Calcutta medical institutions reports 1879-81 [i.e.91]
Year: 1879
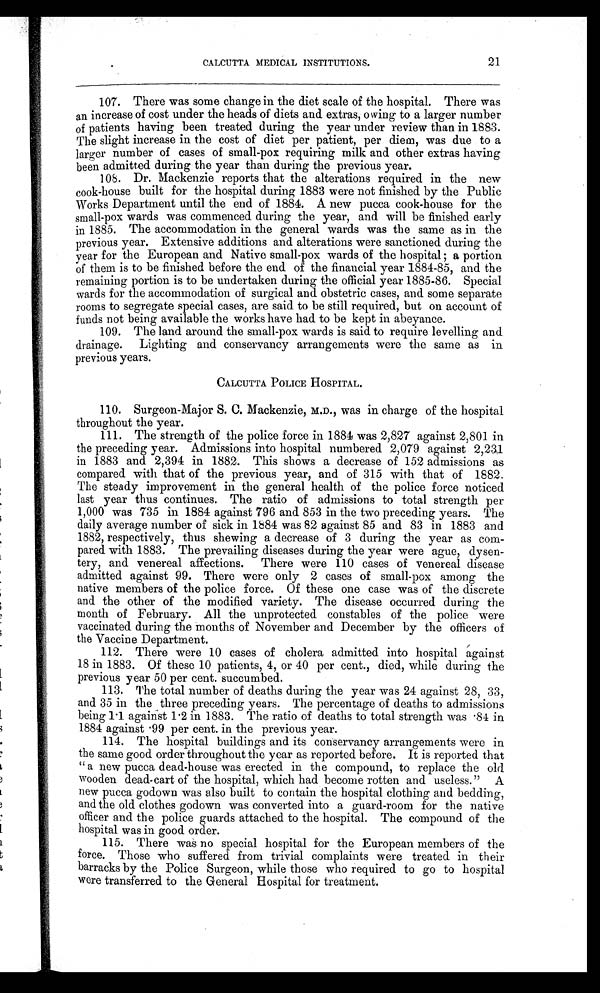
CALCUTTA MEDICAL INSTITUTIONS.
21
107. There was some change in the diet scale of the hospital. There was
an increase of cost under the heads of diets and extras, owing to a larger number
of patients having been treated during the year under review than in 1883.
The slight increase in the cost of diet per patient, per diem, was due to a
larger number of cases of small-pox requiring milk and other extras having
been admitted during the year than during the previous year.
108. Dr. Mackenzie reports that the alterations required in the new
cook-house built for the hospital during 1883 were not finished by the Public
Works Department until the end of 1884. A new pucca cook-house for the
small-pox wards was commenced during the year, and will be finished early
in 1885. The accommodation in the general wards was the same as in the
previous year. Extensive additions and alterations were sanctioned during the
year for the European and Native small-pox wards of the hospital; a portion
of them is to be finished before the end of the financial year 1884-85, and the
remaining portion is to be undertaken during the official year 1885-86. Special
wards for the accommodation of surgical and obstetric cases, and some separate
rooms to segregate special cases, are said to be still required, but on account of
funds not being available the works have had to be kept in abeyance.
109. The land around the small-pox wards is said to require levelling and
drainage. Lighting and conservancy arrangements were the same as in
previous years.
CALCUTTA POLICE HOSPITAL.
110. Surgeon-Major S. C. Mackenzie, M.D., was in charge of the hospital
throughout the year.
111. The strength of the police force in 1884 was 2,827 against 2,801 in
the preceding year. Admissions into hospital numbered 2,079 against 2,231
in 1883 and 2,394 in 1882. This shows a decrease of 152 admissions as
compared with that of the previous year, and of 315 with that of 1882.
The steady improvement in the general health of the police force noticed
last year thus continues. The ratio of admissions to total strength per
1,000 was 735 in 1884 against 796 and 853 in the two preceding years. The
daily average number of sick in 1884 was 82 against 85 and 83 in 1883 and
1882, respectively, thus shewing a decrease of 3 during the year as com--
pared with 1883. The prevailing diseases during the year were ague, dysen
-tery, and venereal affections. There were 110 cases of venereal disease
admitted against 99. There were only 2 cases of small-pox among the
native members of the police force. Of these one case was of the discrete
and the other of the modified variety. The disease occurred during the
month of February. All the unprotected constables of the police were
vaccinated during the months of November and December by the officers of
the Vaccine Department.
112. There were 10 cases of cholera admitted into hospital against
18 in 1883. Of these 10 patients, 4, or 40 per cent., died, while during the
previous year 50 per cent. succumbed.
113. The total number of deaths during the year was 24 against 28, 33,
and 35 in the three preceding years. The percentage of deaths to admissions
being 1.1 against 1.2 in 1883. The ratio of deaths to total strength was .84 in
1884 against .99 per cent. in the previous year.
114. The hospital buildings and its conservancy arrangements were in
the same good order throughout the year as reported before. It is reported that
"a new pucca dead-house was erected in the compound, to replace the old
Wooden dead-cart of the hospital, which had become rotten and useless." A
new pucca godown was also built to contain the hospital clothing and bedding,
and the old clothes godown was converted into a guard-room for the native
officer and the police guards attached to the hospital. The compound of the
hospital was in good order.
115. There was no special hospital for the European members of the
force. Those who suffered from trivial complaints were treated in their
barracks by the Police Surgeon, while those who required to go to hospital
were transferred to the General Hospital for treatment.